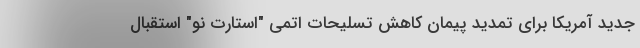
جدید آمریکا برای تمدید پیمان کاهش تسلیحات اتمی "استارت نو" استقبال